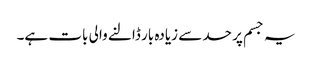
یہ جسم پر حد سے زیادہ بار ڈالنے والی بات ہے۔